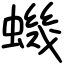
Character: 蟣